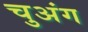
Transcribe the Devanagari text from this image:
चुअंग